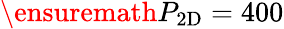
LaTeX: \ensuremath{P_{\mathrm{2D}}}=400